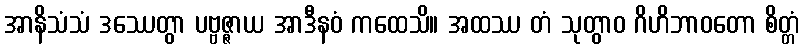
အာနိသံသံ ဒဿေတွာ ပဗ္ဗဇ္ဇာယ အာဒီနဝံ ကထေသိ။ အထဿ တံ သုတွာဝ ဂိဟိဘာဝတော စိတ္တံ